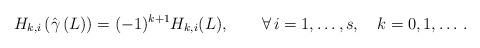
LaTeX: \begin{align*}H_{k,i}\left({\hat\gamma}\left(L\right)\right)=(-1)^{k+1} H_{k,i}(L),\qquad\forall\, i=1,\ldots, s, \quad k=0,1,\ldots\,.\end{align*}